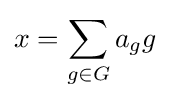
x=\sum _{g\in G}a_{g}g